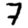
Digit: 7